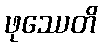
ဖုဿေတိ